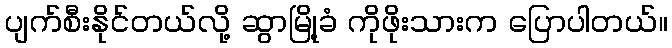
ပျက်စီးနိုင်တယ်လို့ ဆွာမြို့ခံ ကိုဖိုးသားက ပြောပါတယ်။